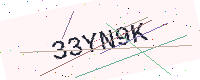
Text: 33YN9K